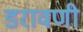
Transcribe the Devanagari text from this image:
डरावणी